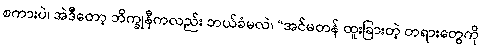
စကားပဲ၊ အဲဒီတော့ ဘိက္ခုနီကလည်း ဘယ်ခံမလဲ၊ “အင်မတန် ထူးခြားတဲ့ တရားတွေကို